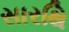
સારથિ